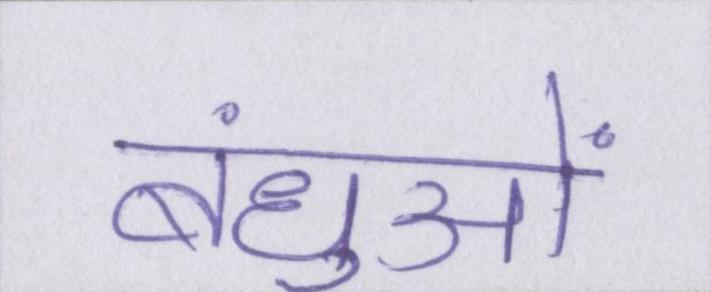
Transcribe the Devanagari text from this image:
बंधुओं